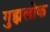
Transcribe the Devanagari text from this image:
गुह्यलोक